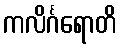
ကလိင်္ဂရောတိ